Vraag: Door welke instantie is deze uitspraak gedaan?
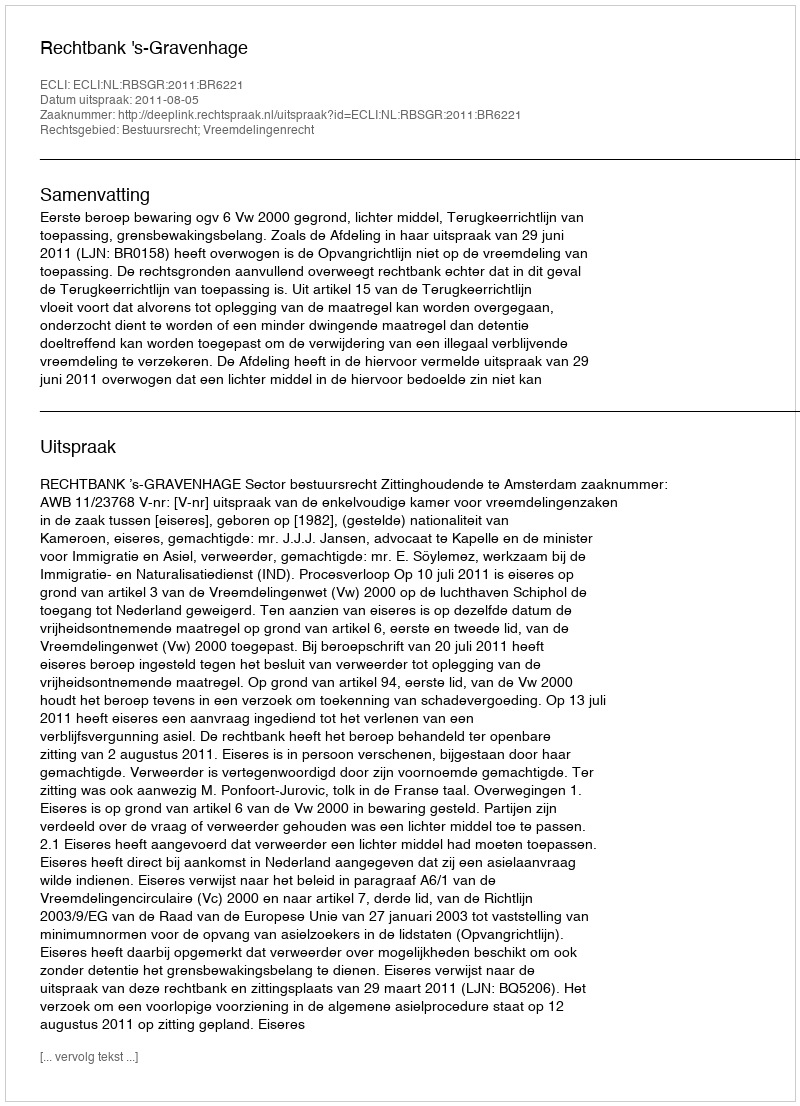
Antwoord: Rechtbank 's-Gravenhage